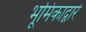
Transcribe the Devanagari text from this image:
भूमिकाद्वारे